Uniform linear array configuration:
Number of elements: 16
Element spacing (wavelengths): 0.5
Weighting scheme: kaiser
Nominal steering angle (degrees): -30
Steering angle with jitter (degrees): -30.989
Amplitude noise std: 0.05
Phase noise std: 0.05

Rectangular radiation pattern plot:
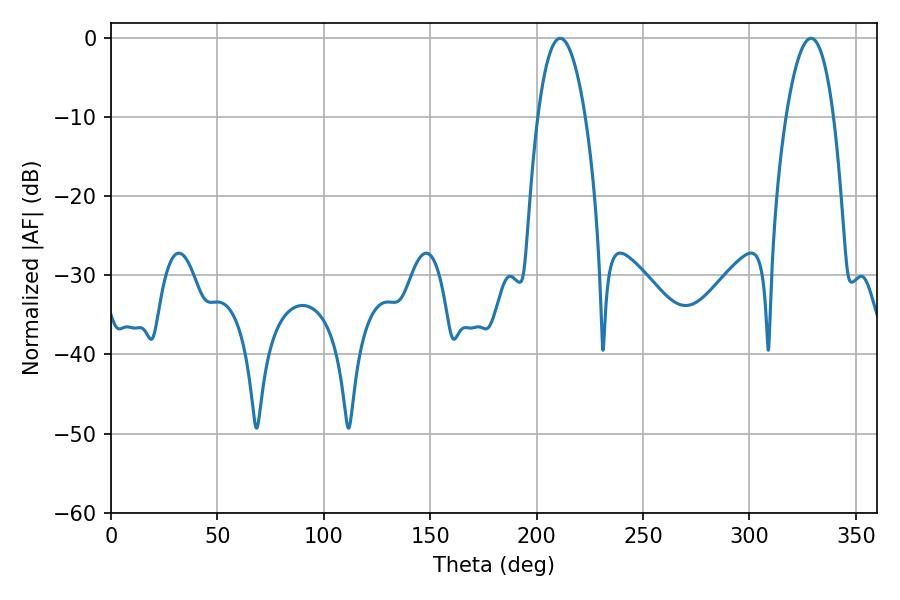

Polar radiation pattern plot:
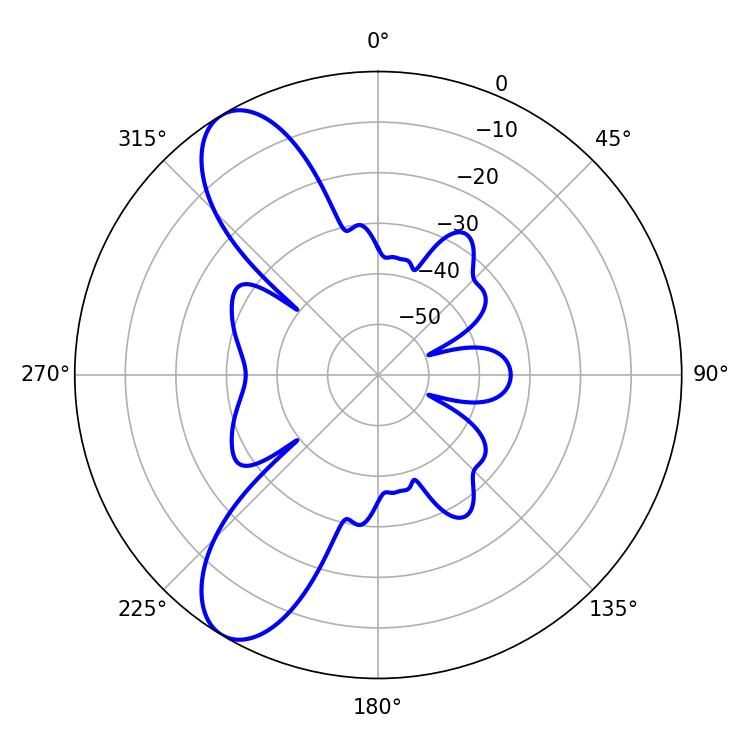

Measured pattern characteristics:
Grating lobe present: FALSE
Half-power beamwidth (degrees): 12.42
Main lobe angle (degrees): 211.14